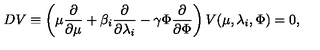
D V \equiv \left( \mu \frac { \partial } { \partial \mu } + \beta _ { i } \frac { \partial } { \partial \lambda _ { i } } - \gamma \Phi \frac { \partial } { \partial \Phi } \right) V ( \mu , \lambda _ { i } , \Phi ) = 0 ,